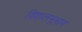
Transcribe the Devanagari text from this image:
विशालभूभाग